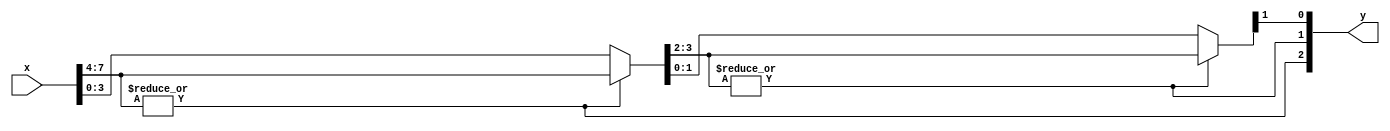
`timescale 1ns / 1ps
//////////////////////////////////////////////////////////////////////////////////
// Company: 
// Engineer: 
// 
// Design Name: 
// Module Name:    find_first_one 
// Project Name: 
// Target Devices: 
// Tool versions: 
// Description: 
//
// Dependencies: 
//
// Revision: 
// Revision 0.01 - File Created
// Additional Comments: 
//
//////////////////////////////////////////////////////////////////////////////////
module find_first_one(
	input [7:0] x,
    output [2:0] y);

    wire [3:0] data_4;
    wire [1:0] data_2;


    assign y[2] = | x[7:4];
    assign data_4= y[2] ? x[7:4] : x[3:0] ;
    assign y[1] = | data_4[3:2];
    assign data_2 = y[1] ? data_4[3:2] : data_4[1:0];
    assign y[0] = data_2[1];

endmodule